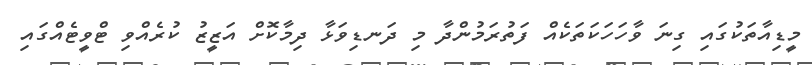
މީޑިއާތަކުގައި ގިނަ ވާހަހަކަތަކެއް ފަތުރަމުންދާ މި ދަނޑިވަޅާ ދިމާކޮށް އަޒީޒު ކުރެއްވި ޓްވީޓެއްގައި